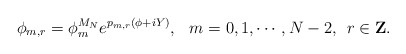
\begin{align*}\phi_{m,r}=\phi^{M_N}_{m}e^{p_{m,r}(\phi+iY)}, \hskip3mm m=0,1,\cdots,N-2,\hskip2mm r\in{\bf Z}.\end{align*}